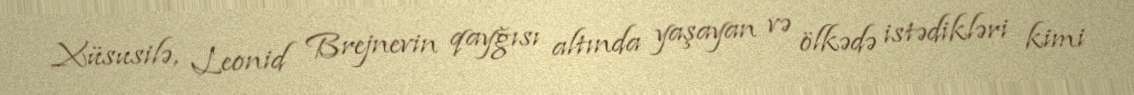
Xüsusilə, Leonid Brejnevin qayğısı altında yaşayan və ölkədə istədikləri kimi